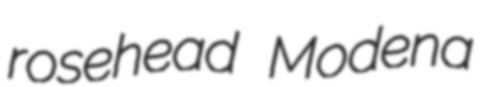
rosehead Modena